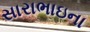
સારાભાઇના